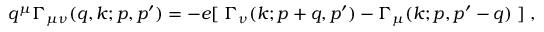
q ^ { \mu } \Gamma _ { \mu \nu } ( q , k ; p , p ^ { \prime } ) = - e [ \; \Gamma _ { \nu } ( k ; p + q , p ^ { \prime } ) - \Gamma _ { \mu } ( k ; p , p ^ { \prime } - q ) \; ] \; ,